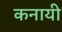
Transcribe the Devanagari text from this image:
कनायी